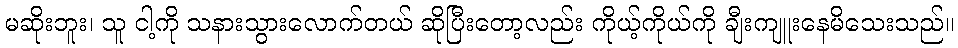
မဆိုးဘူး၊ သူ ငါ့ကို သနားသွားလောက်တယ် ဆိုပြီးတော့လည်း ကိုယ့်ကိုယ်ကို ချီးကျူးနေမိသေးသည်။